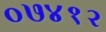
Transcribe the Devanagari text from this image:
०७४१२